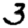
Digit: 3